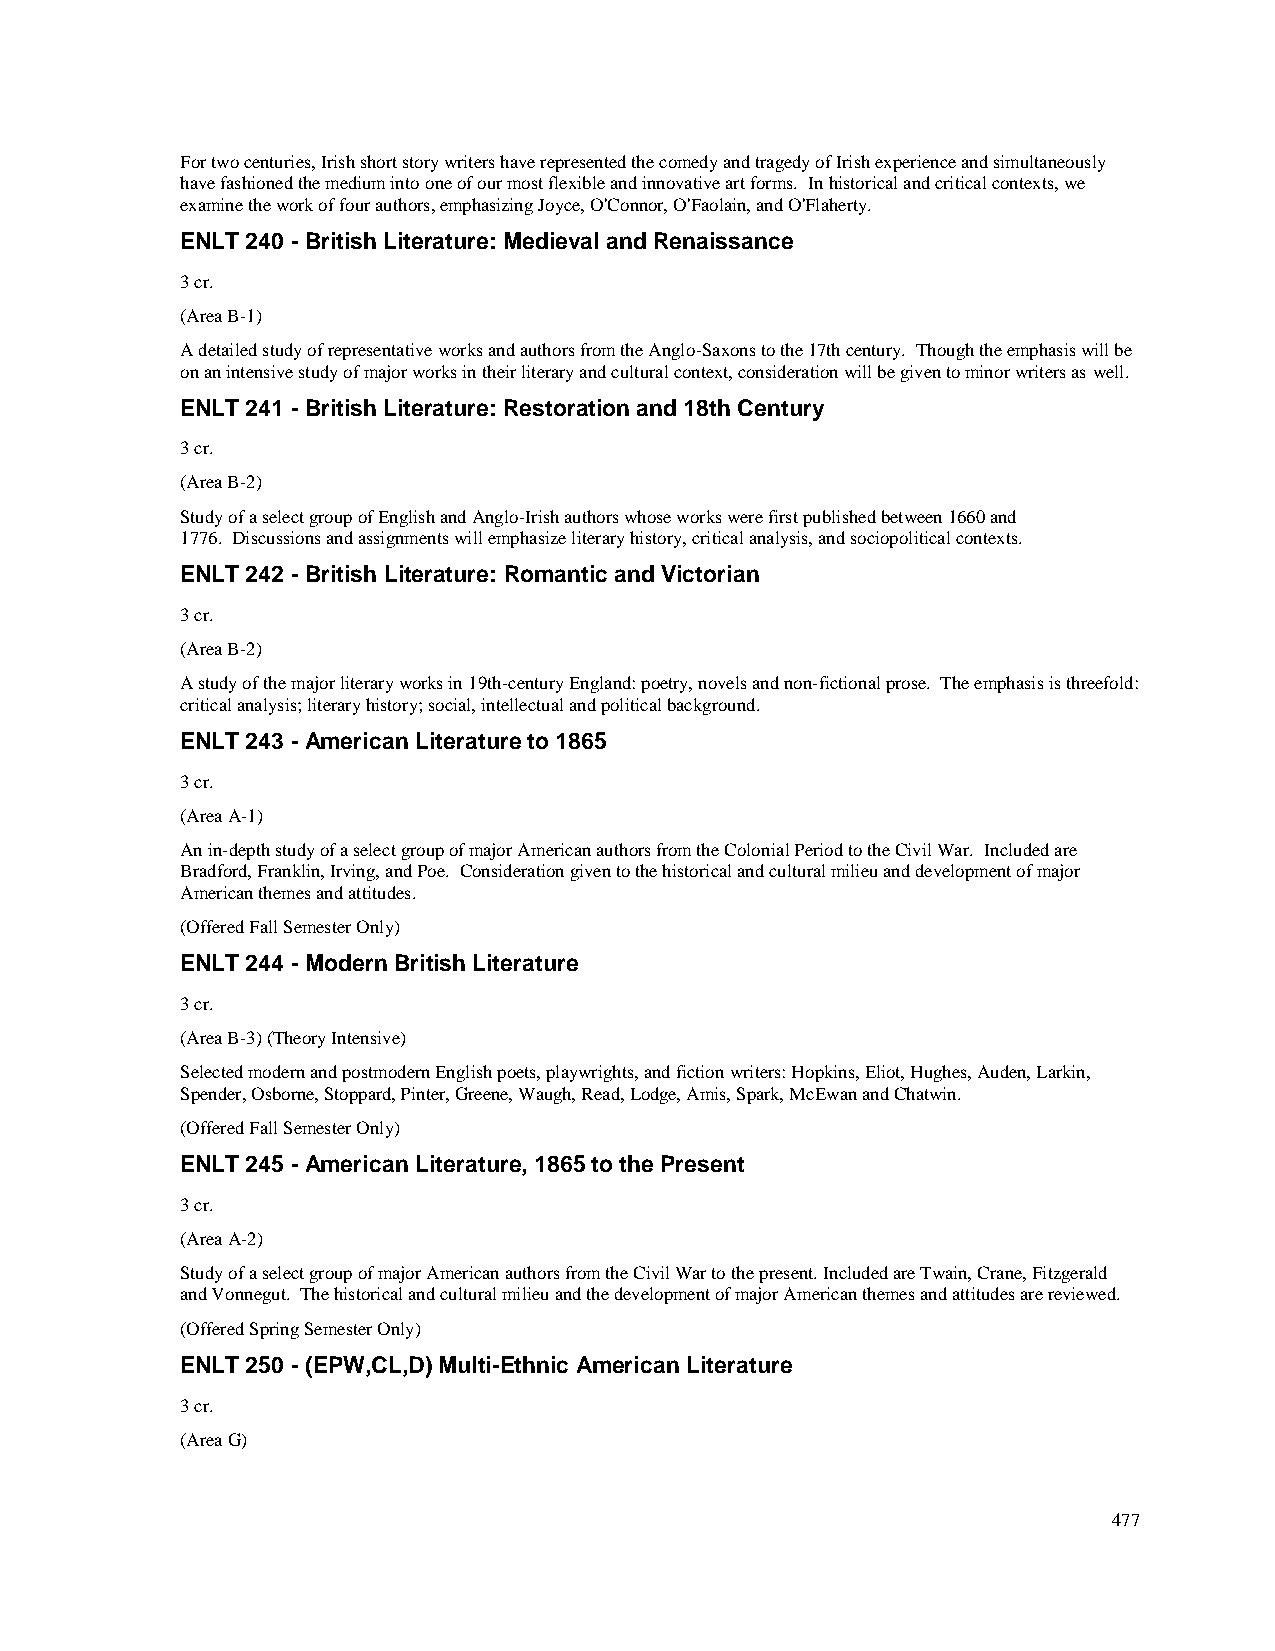
For two centuries, Irish short story writers have represented the comedy and tragedy of Irish experience and simultaneously
 have fashioned the medium into one of our most flexible and innovative art forms. In historical and critical contexts, we
 examine the work of four authors, emphasizing Joyce, O'Connor, O'Faolain, and O'Flaherty.
 ENLT 240 - British Literature: Medieval and Renaissance
 3 cr.
 (Area B-1)
 A detailed study of representative works and authors from the Anglo-Saxons to the 17th century. Though the emphasis will be
 on an intensive study of major works in their literary and cultural context, consideration will be given to minor writers as well.
 ENLT 241 - British Literature: Restoration and 18th Century
 3 cr.
 (Area B-2)
 Study of a select group of English and Anglo-Irish authors whose works were first published between 1660 and
 1776. Discussions and assignments will emphasize literary history, critical analysis, and sociopolitical contexts.
 ENLT 242 - British Literature: Romantic and Victorian
 3 cr.
 (Area B-2)
 A study of the major literary works in 19th-century England: poetry, novels and non-fictional prose. The emphasis is threefold:
 critical analysis; literary history; social, intellectual and political background.
 ENLT 243 - American Literature to 1865
 3 cr.
 (Area A-1)
 An in-depth study of a select group of major American authors from the Colonial Period to the Civil War. Included are
 Bradford, Franklin, Irving, and Poe. Consideration given to the historical and cultural milieu and development of major
 American themes and attitudes.
 (Offered Fall Semester Only)
 ENLT 244 - Modern British Literature
 3 cr.
 (Area B-3) (Theory Intensive)
 Selected modern and postmodern English poets, playwrights, and fiction writers: Hopkins, Eliot, Hughes, Auden, Larkin,
 Spender, Osborne, Stoppard, Pinter, Greene, Waugh, Read, Lodge, Amis, Spark, McEwan and Chatwin.
 (Offered Fall Semester Only)
 ENLT 245 - American Literature, 1865 to the Present
 3 cr.
 (Area A-2)
 Study of a select group of major American authors from the Civil War to the present. Included are Twain, Crane, Fitzgerald
 and Vonnegut. The historical and cultural milieu and the development of major American themes and attitudes are reviewed.
 (Offered Spring Semester Only)
 ENLT 250 - (EPW,CL,D) Multi-Ethnic American Literature
 3 cr.
 (Area G)
 477